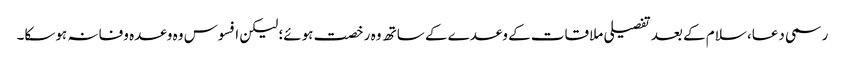
رسمی دعا، سلام کے بعد تفصیلی ملاقات کے وعدے کے ساتھ وہ رخصت ہوئے؛ لیکن افسوس وہ وعدہ وفا نہ ہوسکا۔